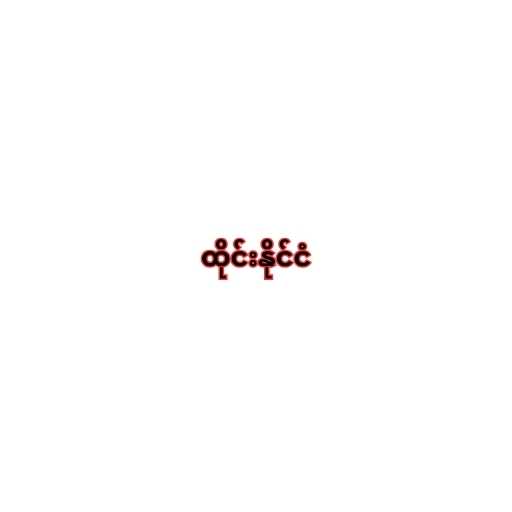
ထိုင်းနိုင်ငံ